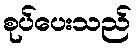
စုပ်ပေးသည်